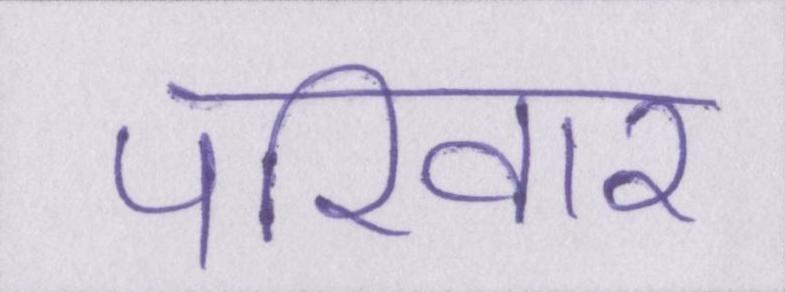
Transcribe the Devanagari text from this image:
परिवार